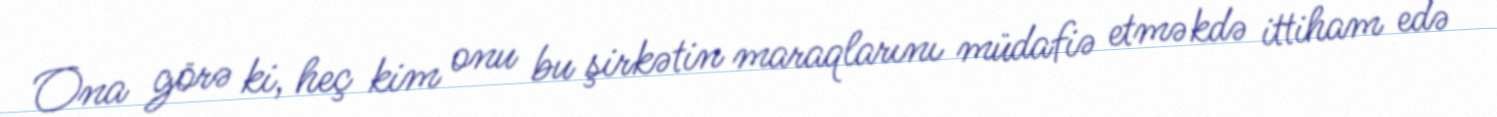
Ona görə ki, heç kim onu bu şirkətin maraqlarını müdafiə etməkdə ittiham edə